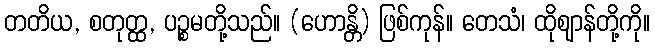
တတိယ, စတုတ္ထ, ပဉ္စမတို့သည်။ (ဟောန္တိ) ဖြစ်ကုန်။ တေသံ၊ ထိုဈာန်တို့ကို။